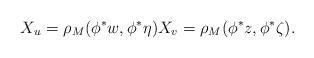
LaTeX: \begin{gather*} X_u = \rho_M(\phi^*w,\phi^*\eta) X_v = \rho_M(\phi^*z,\phi^*\zeta).\end{gather*}